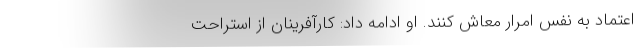
اعتماد به نفس امرار معاش كنند. او ادامه داد: كارآفرينان از استراحت